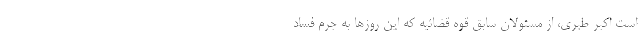
است اکبر طبری، از مسئولان سابق قوه ‌قضائیه که این روزها به جرم فساد